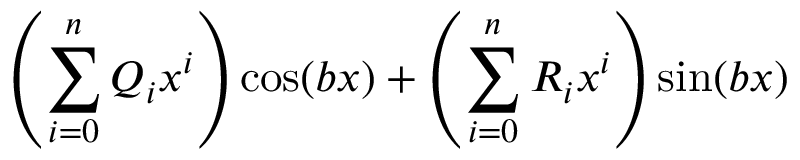
\left( \sum _ { i = 0 } ^ { n } Q _ { i } x ^ { i } \right) \cos ( b x ) + \left( \sum _ { i = 0 } ^ { n } R _ { i } x ^ { i } \right) \sin ( b x )